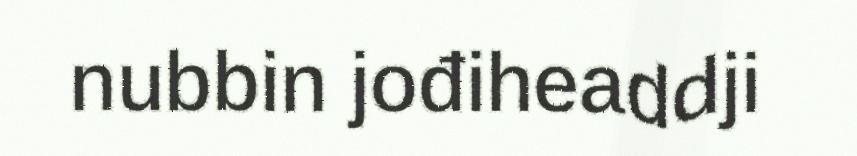
nubbin jođiheaddji